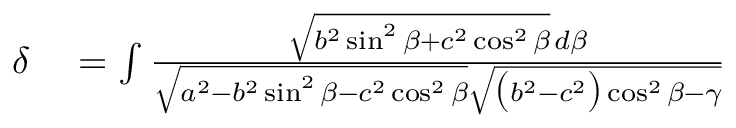
\begin{array} { r l } { \delta } & { { } = \int { \frac { { \sqrt { b ^ { 2 } \sin ^ { 2 } \beta + c ^ { 2 } \cos ^ { 2 } \beta } } \, d \beta } { { \sqrt { a ^ { 2 } - b ^ { 2 } \sin ^ { 2 } \beta - c ^ { 2 } \cos ^ { 2 } \beta } } { \sqrt { { \bigl ( } b ^ { 2 } - c ^ { 2 } { \bigr ) } \cos ^ { 2 } \beta - \gamma } } } } } \end{array}